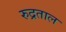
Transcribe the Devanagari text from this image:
रुद्रताल